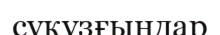
суқұзғындар